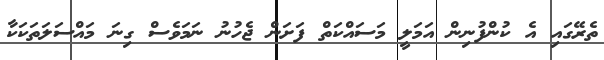
ތެރޭގައި އެ ކުންފުނިން އަމަލީ މަސައްކަތް ފަށަން ޖެހުނު ނަމަވެސް ގިނަ މައްސަލަތަކަކާ